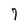
Character: 7